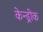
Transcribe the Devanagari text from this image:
केन्ड्रीक